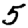
Digit: 5